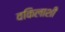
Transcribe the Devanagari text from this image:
वकिलाशी